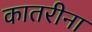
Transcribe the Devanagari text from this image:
कातरीना